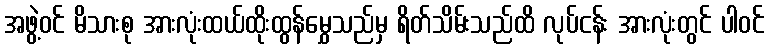
အဖွဲ့ဝင် မိသားစု အားလုံးထယ်ထိုးထွန်မွှေသည်မှ ရိတ်သိမ်းသည်ထိ လုပ်ငန်း အားလုံးတွင် ပါဝင်